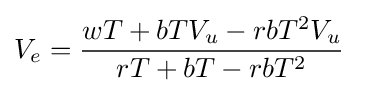
V_{e}={\frac {wT+bTV_{u}-rbT^{2}V_{u}}{rT+bT-rbT^{2}}}\;